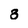
Character: 3